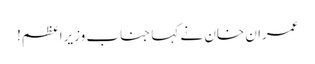
عمران خان نے کہا جناب وزیرِاعظم!